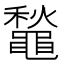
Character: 䵸